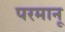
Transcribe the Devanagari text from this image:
परमानू